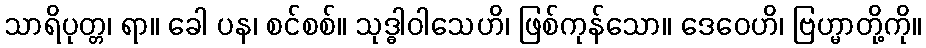
သာရိပုတ္တ၊ ရာ။ ခေါ ပန၊ စင်စစ်။ သုဒ္ဓါဝါသေဟိ၊ ဖြစ်ကုန်သော။ ဒေဝေဟိ၊ ဗြဟ္မာတို့ကို။